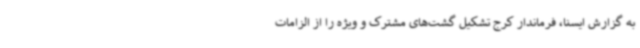
به گزارش ایسنا، فرماندار کرج تشکیل گشت‌های مشترک و ویژه را از الزامات